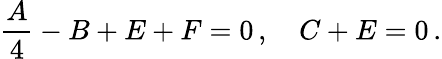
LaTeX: \frac{A}{4}-B+E+F=0\, ,\quad C+E=0\, .